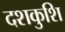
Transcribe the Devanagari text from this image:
दशकुशि